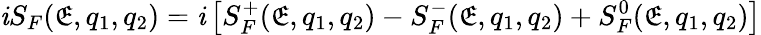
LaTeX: \mathit{i}S_{F}(\mathfrak{E},q_{1},q_{2})=\mathit{i}\left[S_{F}^{+}(\mathfrak{E},q_{1},q_{2})-S_{F}^{-}(\mathfrak{E},q_{1},q_{2})+S_{F}^{0}(\mathfrak{E},q_{1},q_{2})\right]